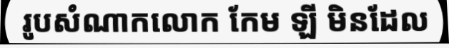
រូបសំណាកលោក កែម ឡី មិនដែល